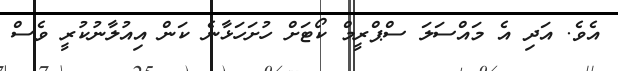
އެވެ. އަދި އެ މައްސަލަ ސްޕްރީމް ކޯޓަށް ހުށަހަޅާނެ ކަން އިއުލާނުކުރީ ވެސް